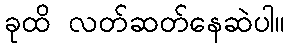
ခုထိ လတ်ဆတ်နေဆဲပါ။